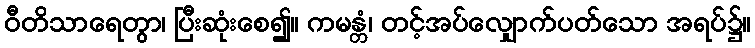
ဝီတိသာရေတွာ၊ ပြီးဆုံးစေ၍။ ကမန္တံ၊ တင့်အပ်လျှောက်ပတ်သော အရပ်၌။